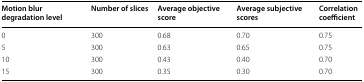
| Motion blur degradation level | Number of slices | Average objective score | Average subjective scores | Correlation coefficient |
 | --- | --- | --- | --- | --- |
 | 0 | 300 | 0.68 | 0.70 | 0.75 |
 | 5 | 300 | 0.63 | 0.65 | 0.75 |
 | 10 | 300 | 0.43 | 0.40 | 0.70 |
 | 15 | 300 | 0.35 | 0.30 | 0.70 |